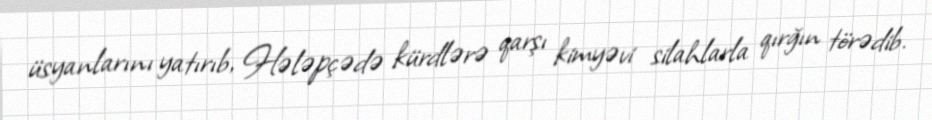
üsyanlarını yatırıb, Hələpçədə kürdlərə qarşı kimyəvi silahlarla qırğın törədib.